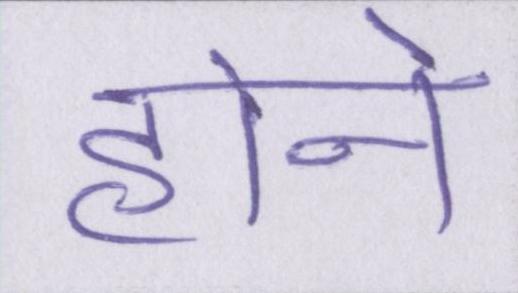
होने